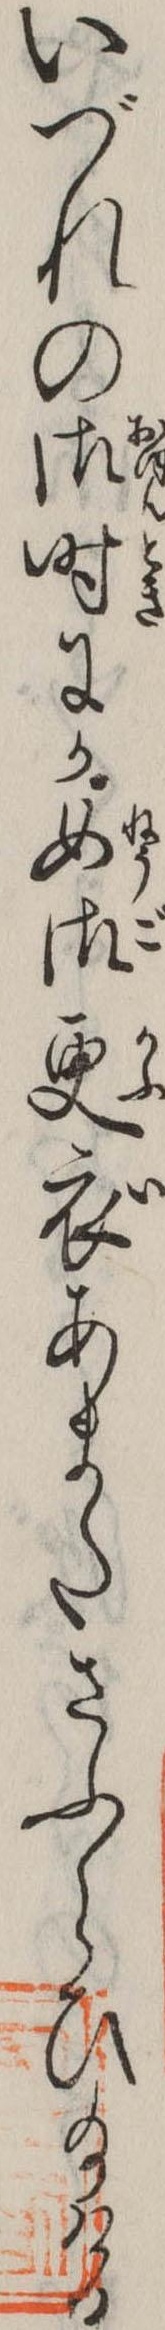
いづれの御時にか女御更衣あまたさふらひ給ける